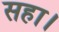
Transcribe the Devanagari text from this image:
सहा।